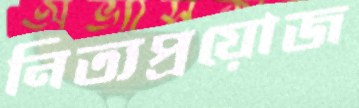
নিত্যপ্রয়োজ